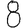
Digit: 8